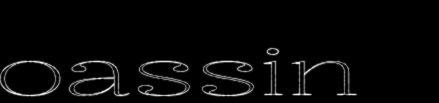
oassin